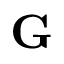
{ \bf G }